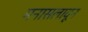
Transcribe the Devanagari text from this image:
मनासलावून